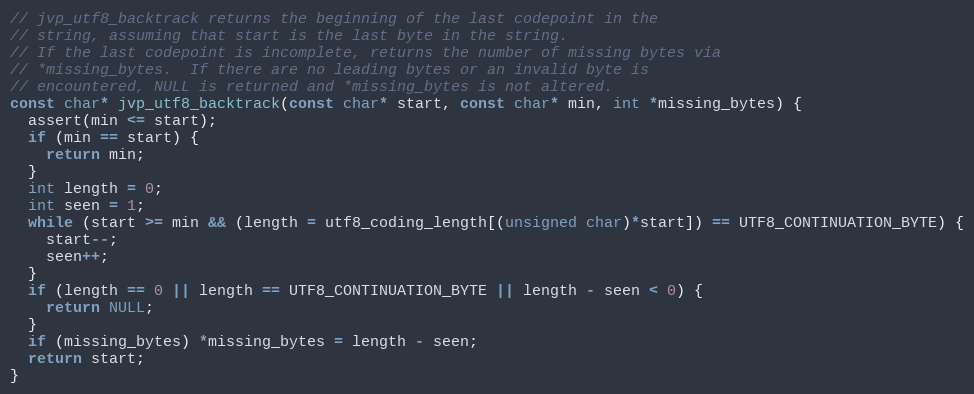
Language: C
// jvp_utf8_backtrack returns the beginning of the last codepoint in the
// string, assuming that start is the last byte in the string.
// If the last codepoint is incomplete, returns the number of missing bytes via
// *missing_bytes.  If there are no leading bytes or an invalid byte is
// encountered, NULL is returned and *missing_bytes is not altered.
const char* jvp_utf8_backtrack(const char* start, const char* min, int *missing_bytes) {
  assert(min <= start);
  if (min == start) {
    return min;
  }
  int length = 0;
  int seen = 1;
  while (start >= min && (length = utf8_coding_length[(unsigned char)*start]) == UTF8_CONTINUATION_BYTE) {
    start--;
    seen++;
  }
  if (length == 0 || length == UTF8_CONTINUATION_BYTE || length - seen < 0) {
    return NULL;
  }
  if (missing_bytes) *missing_bytes = length - seen;
  return start;
}